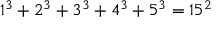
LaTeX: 1 ^ { 3 } + 2 ^ { 3 } + 3 ^ { 3 } + 4 ^ { 3 } + 5 ^ { 3 } = 1 5 ^ { 2 }